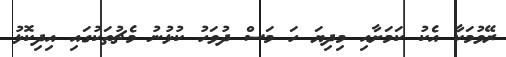
ރޭވުމަކާ އެކު ކަމަށާއި މިދިޔަ ހަ މަސް ދުވަހު ކުޅުނު މެޗުތަކުގައި އިދިކޮޅު